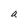
Character: a